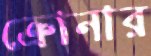
ক্রোনার